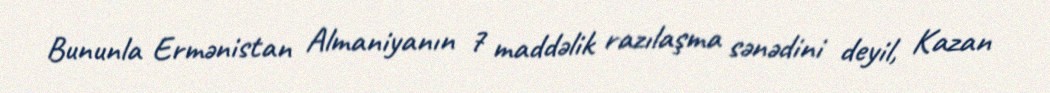
Bununla Ermənistan Almaniyanın 7 maddəlik razılaşma sənədini deyil, Kazan